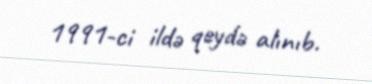
1991-ci ildə qeydə alınıb.